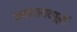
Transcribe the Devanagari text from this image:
ज्यादातरपूर्वी